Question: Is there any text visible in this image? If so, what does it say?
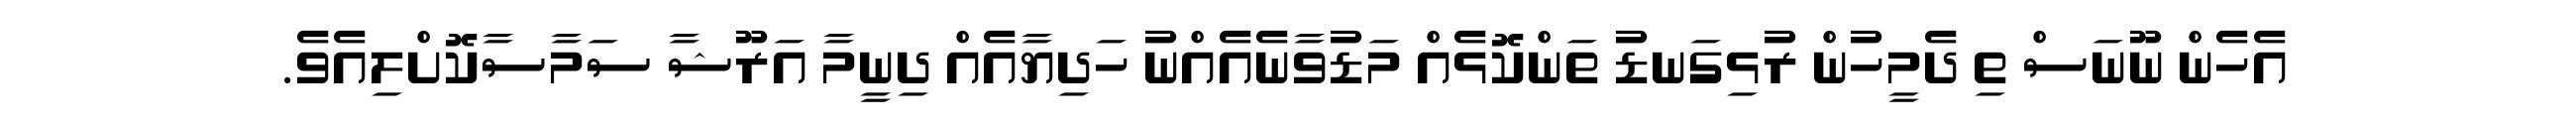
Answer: އެހެން ނޫނަސް ތި ދެމީހުން ރުޅިގަނޑު ތަންކޮޅެއް މަޑުވާނެއެއްނު ހަދިޔާއެއް ދިނީމާ އަރޫޝާ ސަމާސާކޮށްލިއެވެ.